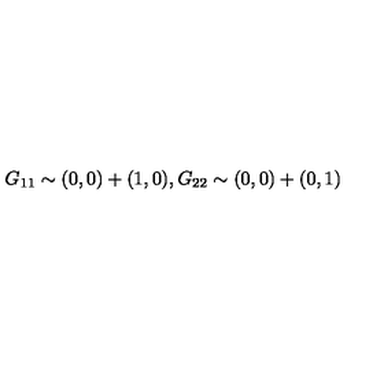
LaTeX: G _ { 1 1 } \sim ( 0 , 0 ) + ( 1 , 0 ) , G _ { 2 2 } \sim ( 0 , 0 ) + ( 0 , 1 )